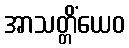
အာသတ္တိံယေဝ